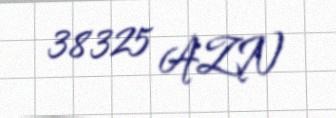
38325 AZN